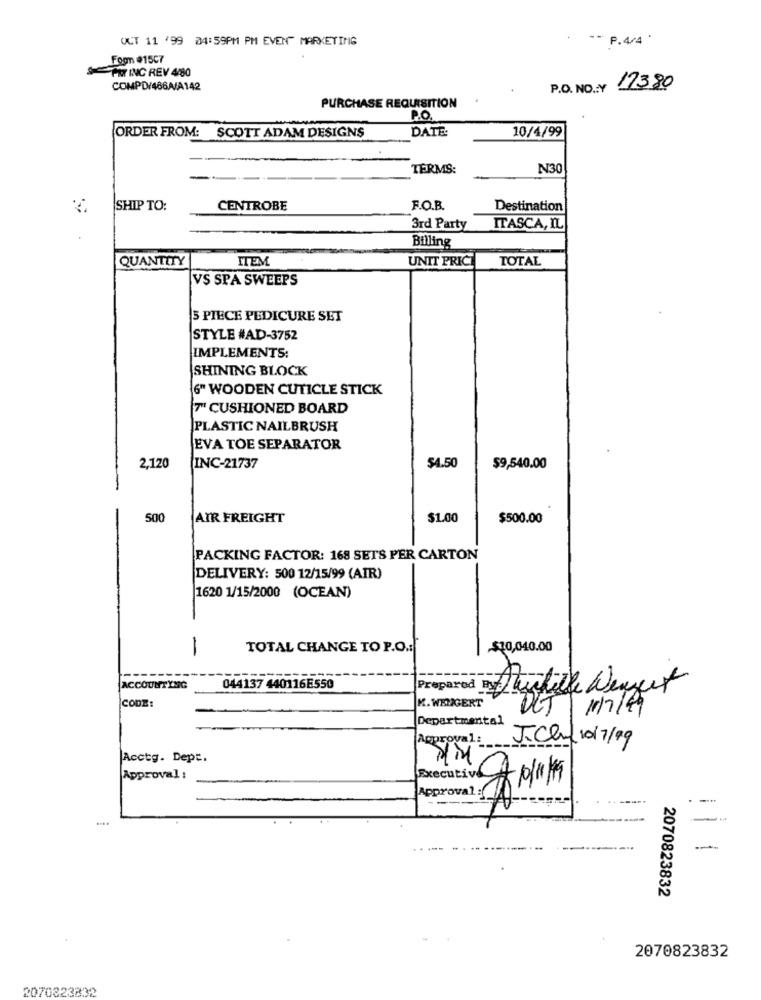
OCT 11 '99 04:59PM PM EVENT MARKETING
- P.4/4 "
Foon #15C7
SPAT INC REV 4080
COMPD/486A/A142
P.O. NO .: Y
17380
PURCHASE REQUISITION
P.O.
DATE
10/4/99
ORDER FROM: SCOTT ADAM DESIGNS
TERMS:
N30
SHIP TO:
CENTROBE
F.O.B.
Destination
3rd Party
ITASCA, IL
Billing
QUANTITY
UNIT PRICE
TOTAL
ITEM
VS SPA SWEEPS
5 PIECE PEDICURE SET
STYLE #AD-3752
IMPLEMENTS:
SHINING BLOCK
6" WOODEN CUTICLE STICK
7" CUSHIONED BOARD
PLASTIC NAILBRUSH
EVA TOE SEPARATOR
2,120
INC-21737
$4.50
$9,540.00
500
AIR FREIGHT
$1.00
$500.00
PACKING FACTOR: 168 SETS PER CARTON
DELIVERY: 500 12/15/99 (AIR)
1620 1/15/2000 (OCEAN)
-
TOTAL CHANGE TO P.O .:
$10,040.00
ACCOUNTING
044137 440116E550
Prepared es Suilille Wengert
CODE:
K. WENGERT
DET
11/7/99
Departmental
Aprova
J.Cluf 10/7/99
Acctg. Dept.
Approval :
Approval: 1 10/19
-
2070823832
2070823832
2070323832